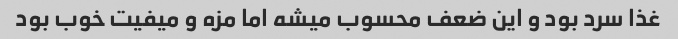
غذا سرد بود و این ضعف محسوب میشه اما مزه و میفیت خوب بود